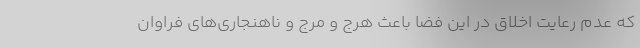
که عدم رعایت اخلاق در این فضا باعث هرج و مرج و ناهنجاری‌های فراوان